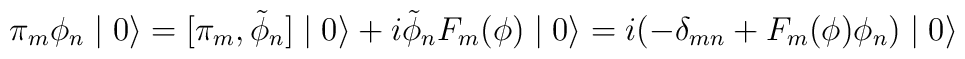
\pi_{m} \phi_{n} \mid 0 \rangle = [\pi_{m},\tilde{\phi}_{n}] \mid 0 \rangle + i\tilde{\phi}_{n} F_{m}(\phi) \mid 0 \rangle = i (- \delta_{mn} +  F_{m}(\phi) \phi_{n}) \mid 0 \rangle